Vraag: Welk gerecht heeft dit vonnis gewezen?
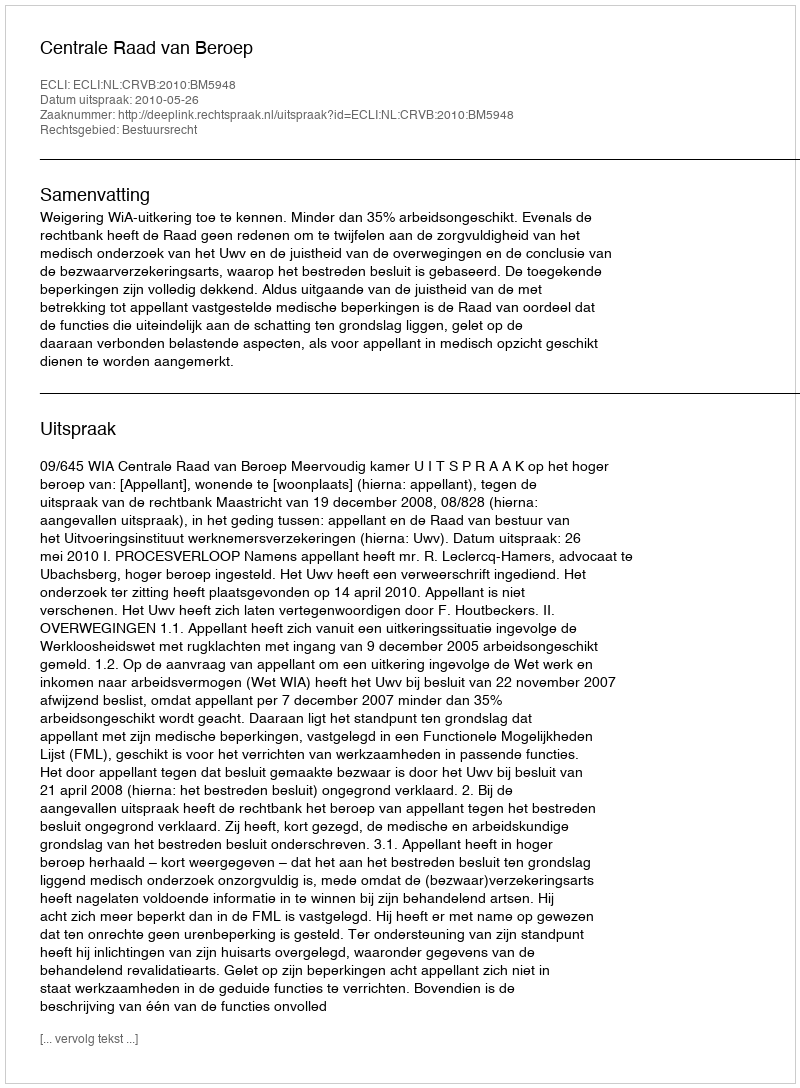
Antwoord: Centrale Raad van Beroep